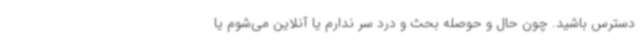
دسترس باشید. چون حال و حوصله بحث و درد سر ندارم یا آنلاین می‌شوم یا